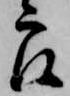
郎